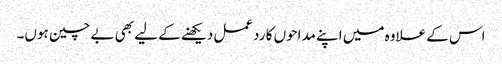
اس کے علاوہ میں اپنے مداحوں کا ردعمل دیکھنے کے لیے بھی بے چین ہوں۔